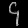
Digit: ၄